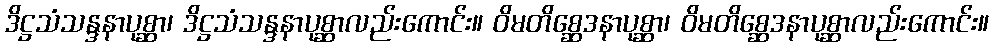
ဒိဋ္ဌသံသန္ဒနာပုစ္ဆာ၊ ဒိဋ္ဌသံသန္ဒနာပုစ္ဆာလည်းကောင်း။ ဝိမတိစ္ဆေဒနာပုစ္ဆာ၊ ဝိမတိစ္ဆေဒနာပုစ္ဆာလည်းကောင်း။